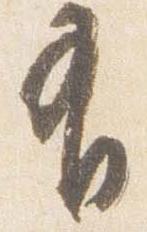
有